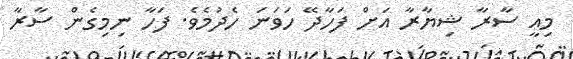
މިއީ ސާރާ ޝިޔާރާ އަށް ފަހާދޭ ހަވަނަ ހެދުމެވެ. ފަހާ ނިމިގެން ސާރާ